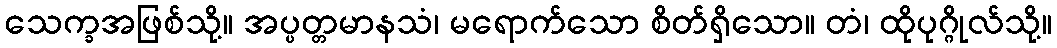
သေက္ခအဖြစ်သို့။ အပ္ပတ္တမာနသံ၊ မရောက်သော စိတ်ရှိသော။ တံ၊ ထိုပုဂ္ဂိုလ်သို့။